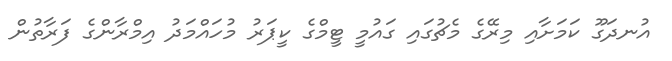
އުނދަގޫ ކަމަށާއި މިރޭގެ މެޗުގައި ގައުމީ ޓީމްގެ ކީޕަރު މުހައްމަދު އިމްރާންގެ ފަރާތުން